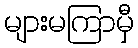
များမကြာမှီ